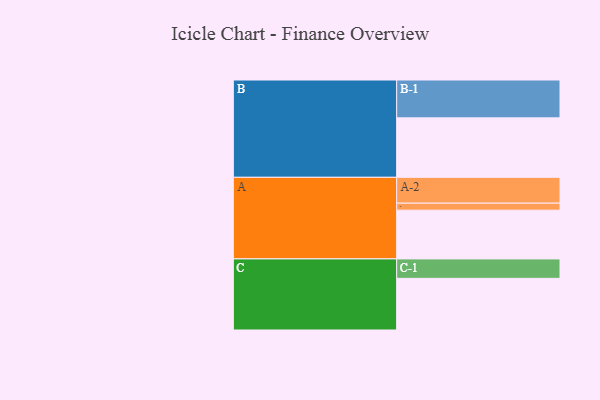
{"axis": {"x": "Segment", "y": "Value"}, "legend": ["", "A", "B", "C"], "data": [{"x": "A", "y": 381, "type": ""}, {"x": "B", "y": 465, "type": ""}, {"x": "C", "y": 404, "type": ""}, {"x": "A-1", "y": 55, "type": "A"}, {"x": "A-2", "y": 202, "type": "A"}, {"x": "B-1", "y": 296, "type": "B"}, {"x": "C-1", "y": 152, "type": "C"}]}